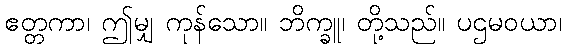
ဧတ္တကာ၊ ဤမျှ ကုန်သော။ ဘိက္ခူ၊ တို့သည်။ ပဌမဝယာ၊